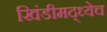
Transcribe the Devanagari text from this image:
खिंडीमद्ध्येच